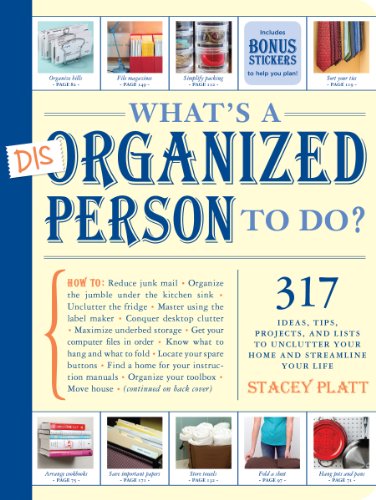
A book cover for What's a Disorganized Person to Do?; Stacey Platt; Self-Help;